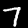
Digit: 7